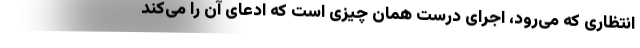
انتظاری که می‌رود، اجرای درست همان چیزی است که ادعای آن را می‌کند